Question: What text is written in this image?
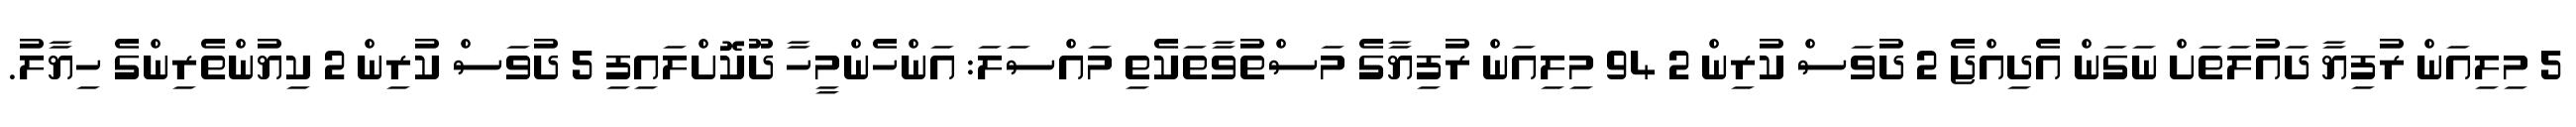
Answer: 5 މިލިއަން ރުފިޔާ ދައުލަތަށް ނަގަން އެދިއްޖެ 2 ދުވަސް ކުރިން 2 94 މިލިއަން ރުފިޔާގެ މަސްތުވާތަކެތި މައްސަލަ: އަންހެންމީހާ ދޫކޮށްލައިފި 5 ދުވަސް ކުރިން 2 ކިޔުންތެރިންގެ ހިޔާލު.